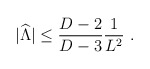
\begin{align*}|{\widehat\Lambda}|\leq{{D-2}\over{D-3}}{1\over L^2}~.\end{align*}